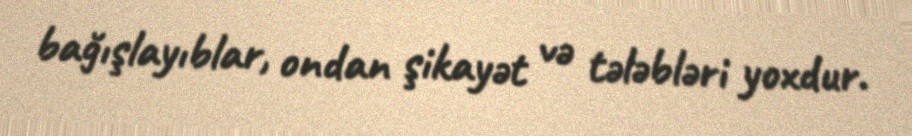
bağışlayıblar, ondan şikayət və tələbləri yoxdur.